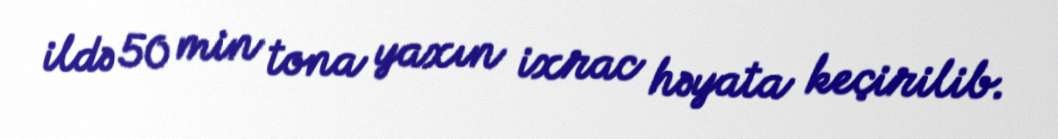
ildə 50 min tona yaxın ixrac həyata keçirilib.